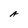
Character: A